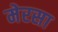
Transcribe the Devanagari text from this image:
मेरसा